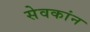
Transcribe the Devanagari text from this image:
सेवकांन